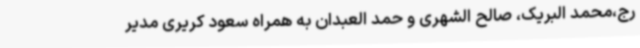
رج،محمد البریک، صالح الشهری و حمد العبدان به همراه سعود کریری مدیر